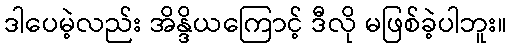
ဒါပေမဲ့လည်း အိန္ဒိယကြောင့် ဒီလို မဖြစ်ခဲ့ပါဘူး။